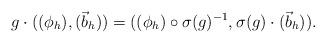
LaTeX: \begin{align*}g\cdot((\phi_{h}),(\vec b_{h}))=((\phi_{h})\circ \sigma(g)^{-1},\sigma(g)\cdot(\vec b_{h})).\end{align*}